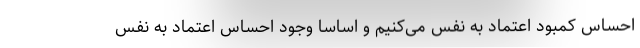
احساس کمبود اعتماد به نفس می‌کنیم و اساسا وجود احساس اعتماد به نفس